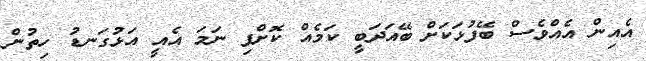
އެއިން އެއްވެސް ބޭފުޅަކަށް ބޭއަދަބީ ކަމެއް ކޮށްފި ނަމަ އެއީ އަޅުގަނޑު ހިތުން